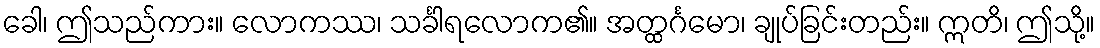
ခေါ၊ ဤသည်ကား။ လောကဿ၊ သင်္ခါရလောက၏။ အတ္ထင်္ဂမော၊ ချုပ်ခြင်းတည်း။ ဣတိ၊ ဤသို့။